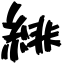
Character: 緋